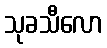
သုခသီလော